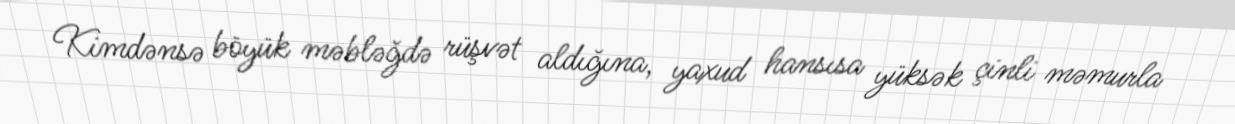
Kimdənsə böyük məbləğdə rüşvət aldığına, yaxud hansısa yüksək çinli məmurla